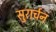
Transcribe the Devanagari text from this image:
सुरार्चन